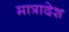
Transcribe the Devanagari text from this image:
मात्रादेश